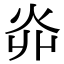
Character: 𤆽